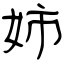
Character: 姉